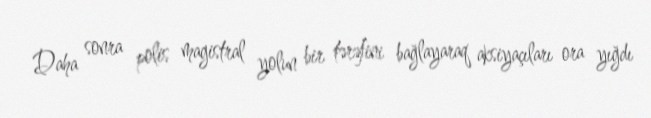
Daha sonra polis magistral yolun bir tərəfini bağlayaraq aksiyaçıları ora yığdı